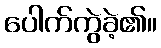
ပေါက်ကွဲခဲ့၏။